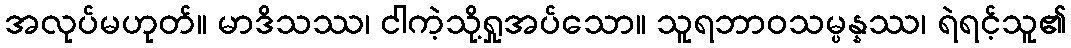
အလုပ်မဟုတ်။ မာဒိသဿ၊ ငါကဲ့သို့ရှုအပ်သော။ သူရဘာဝသမ္ပန္နဿ၊ ရဲရင့်သူ၏